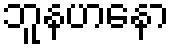
ဘူနဟနော